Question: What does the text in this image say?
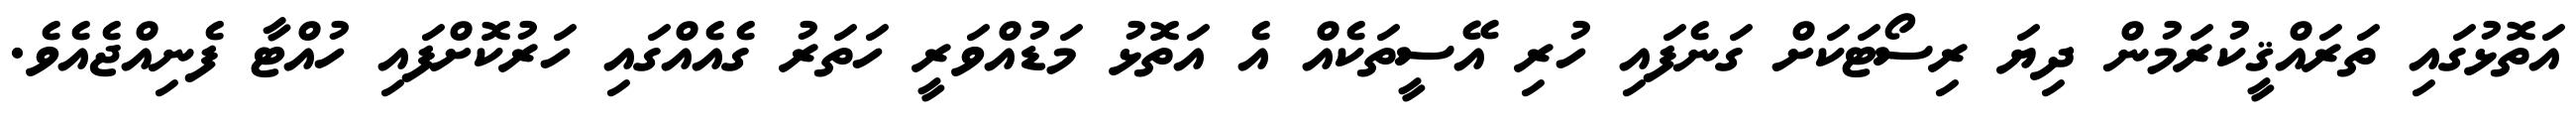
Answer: އަތޮޅުގައި ތަރައްޤީކުރަމުން ދިޔަ ރިސޯޓަކަށް ގަނެފައި ހުރި އޭސީތަކެއް އެ އަތޮޅު މަޑުއްވަރީ ހަތަރު ގެއެއްގައި ހަރުކޮށްފައި ހުއްޓާ ފެނިއްޖެއެވެ.